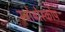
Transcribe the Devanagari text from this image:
स्ट्रोबोस्कोप